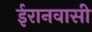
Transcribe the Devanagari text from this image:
ईरानवासी